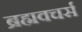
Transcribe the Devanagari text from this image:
ब्रह्मवचर्स